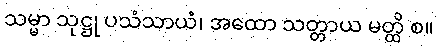
သမ္မာ သုဋ္ဌု ပသံသာယံ၊ အထော သတ္တာယ မတ္ထိ စ။